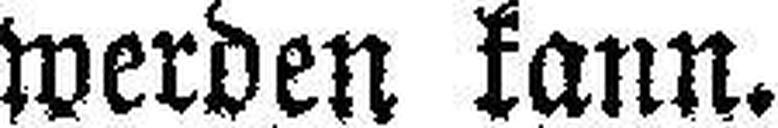
werden kann.